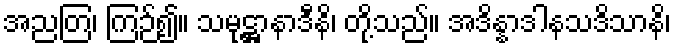
အညတြ၊ ကြဉ်၍။ သမုဋ္ဌာနာဒီနိ၊ တို့သည်။ အဒိန္နာဒါနသဒိသာနိ၊